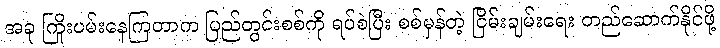
အခု ကြိုးပမ်းနေကြတာက ပြည်တွင်းစစ်ကို ရပ်စဲပြီး စစ်မှန်တဲ့ ငြိမ်းချမ်းရေး တည်ဆောက်နိုင်ဖို့